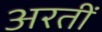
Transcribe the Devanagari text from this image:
अरतीं